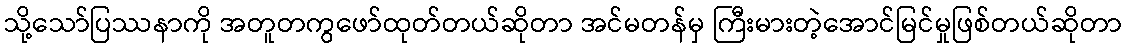
သို့သော်ပြဿနာကို အတူတကွဖော်ထုတ်တယ်ဆိုတာ အင်မတန်မှ ကြီးမားတဲ့အောင်မြင်မှုဖြစ်တယ်ဆိုတာ